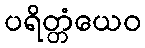
ပရိတ္တံယေဝ